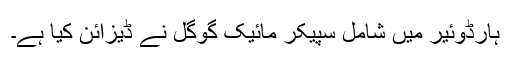
ہارڈوئیر میں شامل سپیکر مائیک گوگل نے ڈیزائن کیا ہے۔